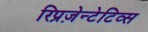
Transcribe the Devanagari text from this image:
रिप्रज़ेन्टेटिव्स